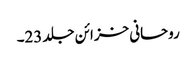
روحانی خزائن جلد 23۔